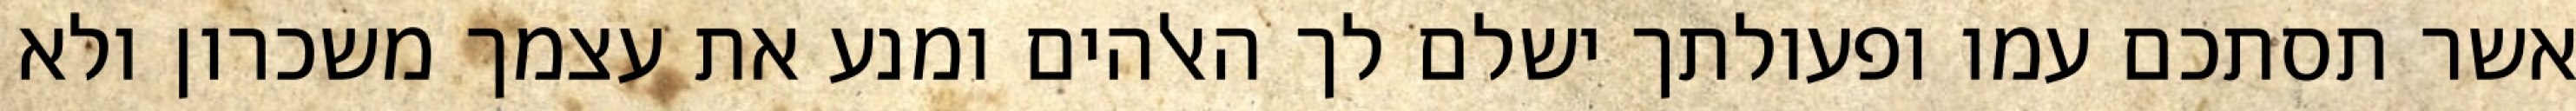
אשר תסתכם עמו ופעולתך ישלם לך האלהים ומנע את עצמך משכרון ולא